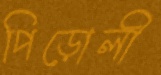
পিড়োলী